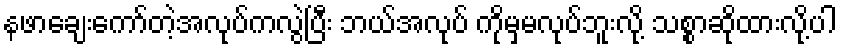
နဖာချေးကော်တဲ့အလုပ်ကလွဲပြီး ဘယ်အလုပ် ကိုမှမလုပ်ဘူးလို့ သစ္စာဆိုထားလို့ပါ